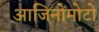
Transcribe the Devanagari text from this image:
आजिनोमोटो